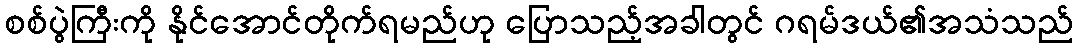
စစ်ပွဲကြီးကို နိုင်အောင်တိုက်ရမည်ဟု ပြောသည့်အခါတွင် ဂရမ်ဒယ်၏အသံသည်